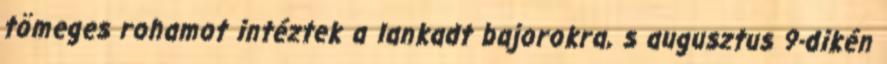
tömeges rohamot intéztek a lankadt bajorokra, s augusztus 9-dikén